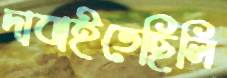
দাবাইতেছিলি